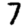
Digit: 7